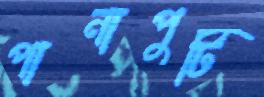
পানাপুটি